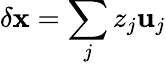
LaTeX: \delta\mathbf{x}=\sum_{j}z_{j}\mathbf{u}_{j}